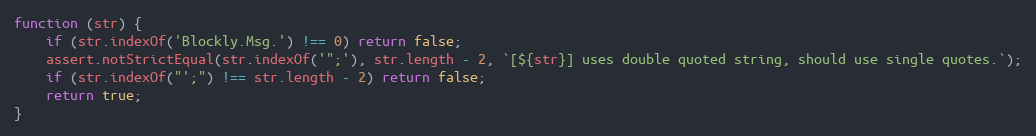
Language: JavaScript
function (str) {
    if (str.indexOf('Blockly.Msg.') !== 0) return false;
    assert.notStrictEqual(str.indexOf('";'), str.length - 2, `[${str}] uses double quoted string, should use single quotes.`);
    if (str.indexOf("';") !== str.length - 2) return false;
    return true;
}